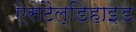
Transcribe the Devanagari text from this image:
ऐसेटैल्डिहाइड